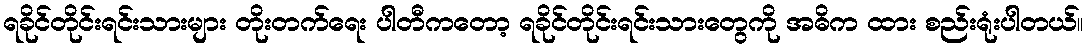
ရခိုင်တိုင်းရင်းသားများ တိုးတက်ရေး ပါတီကတော့ ရခိုင်တိုင်းရင်းသားတွေကို အဓိက ထား စည်းရုံးပါတယ်။